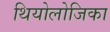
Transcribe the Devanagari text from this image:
थियोलोजिका